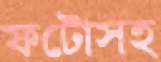
ফটোসহ